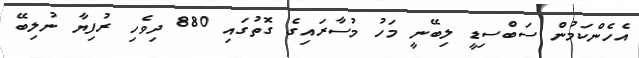
އެހެންކަމުން ސަބްސިޑީ ލިބޭނީ މަހު މުސާރައިގެ ގޮތުގައި 880 ދިވެހި ރުފިޔާ ނުލިބޭ